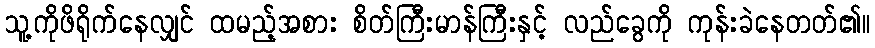
သူ့ကိုဖိရိုက်နေလျှင် ထမည့်အစား စိတ်ကြီးမာန်ကြီးနှင့် လည်ခွေကို ကုန်းခဲနေတတ်၏။